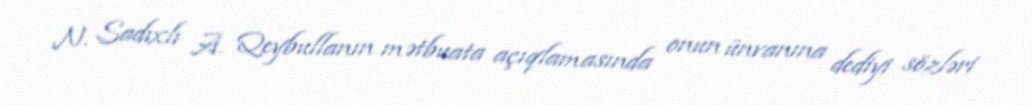
N. Sadıxlı A. Qeybullanın mətbuata açıqlamasında onun ünvanına dediyi sözləri